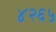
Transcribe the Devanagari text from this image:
४२६५